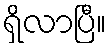
ရှိလာပြီ။